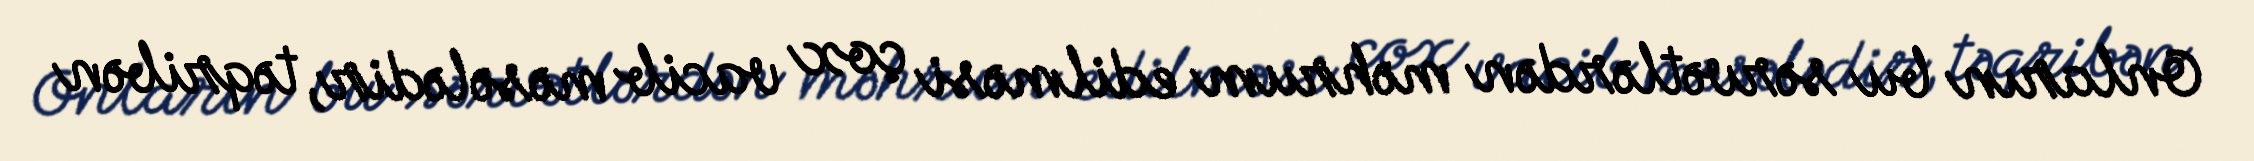
Onların bu sərvətlərdən məhrum edilməsi çox vacib məsələdir, təqribən